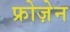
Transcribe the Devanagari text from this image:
फ्रोज़ेन